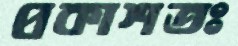
প্রকাশতঃ